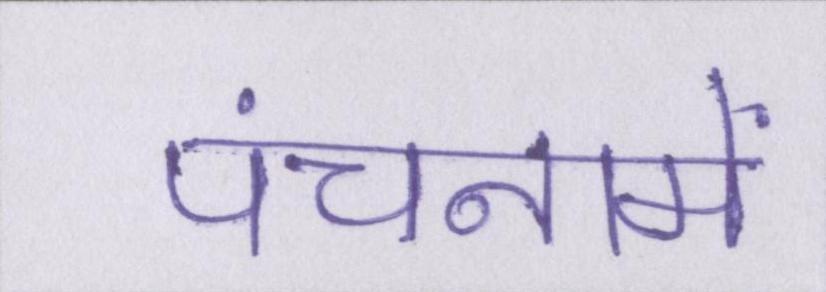
पंचनामें